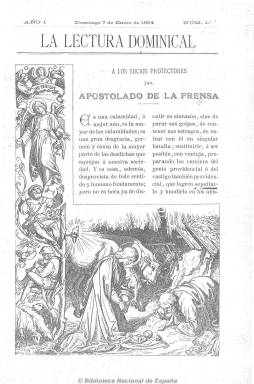
Título: La Lectura dominical
Colección: Revistas de información general || Religión
Ámbito geográfico: Madrid
Lugar de publicación: Madrid
Fechas: 07/01/1894-11/07/1936

Publicación semanal, de 16 páginas e ilustrada, órgano del Apostolado de la Prensa, en donde se agrupan católicos seglares y religiosos, principalmente de la Compañía de Jesús, como propagandistas de la doctrina católica tanto desde el punto de vista apologético como social y político. Cofundada por el jesuita Francisco de Paula Garzón y Álvaro López Núñez (1865-1936), quien pudo ser también su director. Colaboran en ella conocidos escritores y apologistas católicos como el padre Coloma y Arturo Masriera, utilizando el “nombre de religión” la mayoría de ellos, procedentes tanto del carlismo como del alfonsismo y del conservadurismo e integrismo católico.

Subtitulada como “revista semanal ilustrada” y publicada con “licencia eclesiástica”, nace contra lo que considera el “periodismo impío”, del que dice que es “causa de la mayor parte de las desdichas que aquejan a nuestra sociedad, desprovista de todo sentido y humano fundamento”, por lo que surge para entrar contra dicho periodismo “en singular batalla, preparando el castigo también providencial que logren sepultarlo y hundirlo en el abismo del silencio”. Y contra el mismo, el católico se autoproclamará como única prensa “sana”, atacando no sólo el ateismo y el materialismo, sino el modernismo y el liberalismo.

La publicación se estructura en secciones, que mantiene casi inalterables durante su larga existencia, comenzando con la titulada “La semana”, especie de crónica sobre la actualidad social y política, que hasta su muerte estuvo firmada con el seudónimo Máximo, correspondiente a Ángel Salcedo Ruiz (1859-1921), y después por “Dionisio”, “Víctor” y “Mínimo”; le sigue un artículo de fondo, generalmente dedicado también a acontecimientos de carácter político y social; la sección “Lecturas dominicales”, que incluye narraciones evangélicas y religiosas; la de noticias religiosas y de la propia asociación Apostolado de la Prensa; una sección doctrinal sobre cuestiones teológicas, y otras de variedades, composiciones poéticas, piadosas, noticias y comentarios y la de “polémica religiosa”, incluyendo en esta sus diatribas y ataques contra los periódicos masones, librepensadores, anarquistas, socialistas, liberales… También incluye otra sección del movimiento social y obrero católico, y crónicas teatrales, de arte, etc., e, incluso, un folletín. Además de grabados y fotografías de actualidad, da cabida también a una profusa publicidad comercial.

Su carácter popular y su buena factura periodística le granjeó pronto tiradas que pasaron de los 10.000 ejemplares, ya en 1895, a los 32.000, en 1904, dirigidos principalmente a suscripciones de la mayor parte de instituciones y centros católicos de todo el país. Fue defensora de la dictadura primoriverista. Posteriormente tuvo periodicidad quincenal y aumentó hasta las veinte páginas sus números.